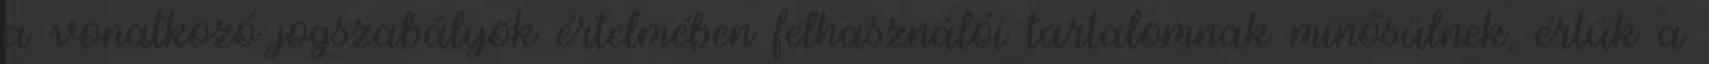
a vonatkozó jogszabályok értelmében felhasználói tartalomnak minősülnek, értük a